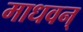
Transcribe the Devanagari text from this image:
माधवन्